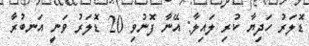
ޑޮލަރު ހަދިޔާ ކުރި ލައިލާ: އޭނާ ފޮނުވި 20 ޑޮލަރު ވަނީ އަނބުރާ